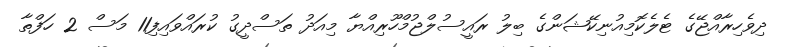
ދިވެހިރާއްޖޭގެ ޓެލެކޮމިއުނިކޭޝަންގެ ބިލު ރައީސުލްޖުމްހޫރިއްޔާ މިއަދު ތަސްދީގު ކުރައްވައިފި11 މަސް 2 ހަފްތާ